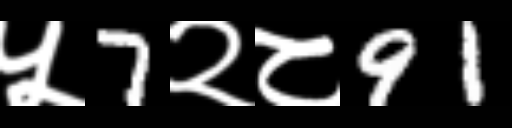
Text: ५7२८91